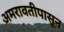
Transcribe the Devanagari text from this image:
अमरावतीपासून